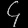
Digit: ၄